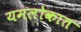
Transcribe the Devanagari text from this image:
यमलोकात